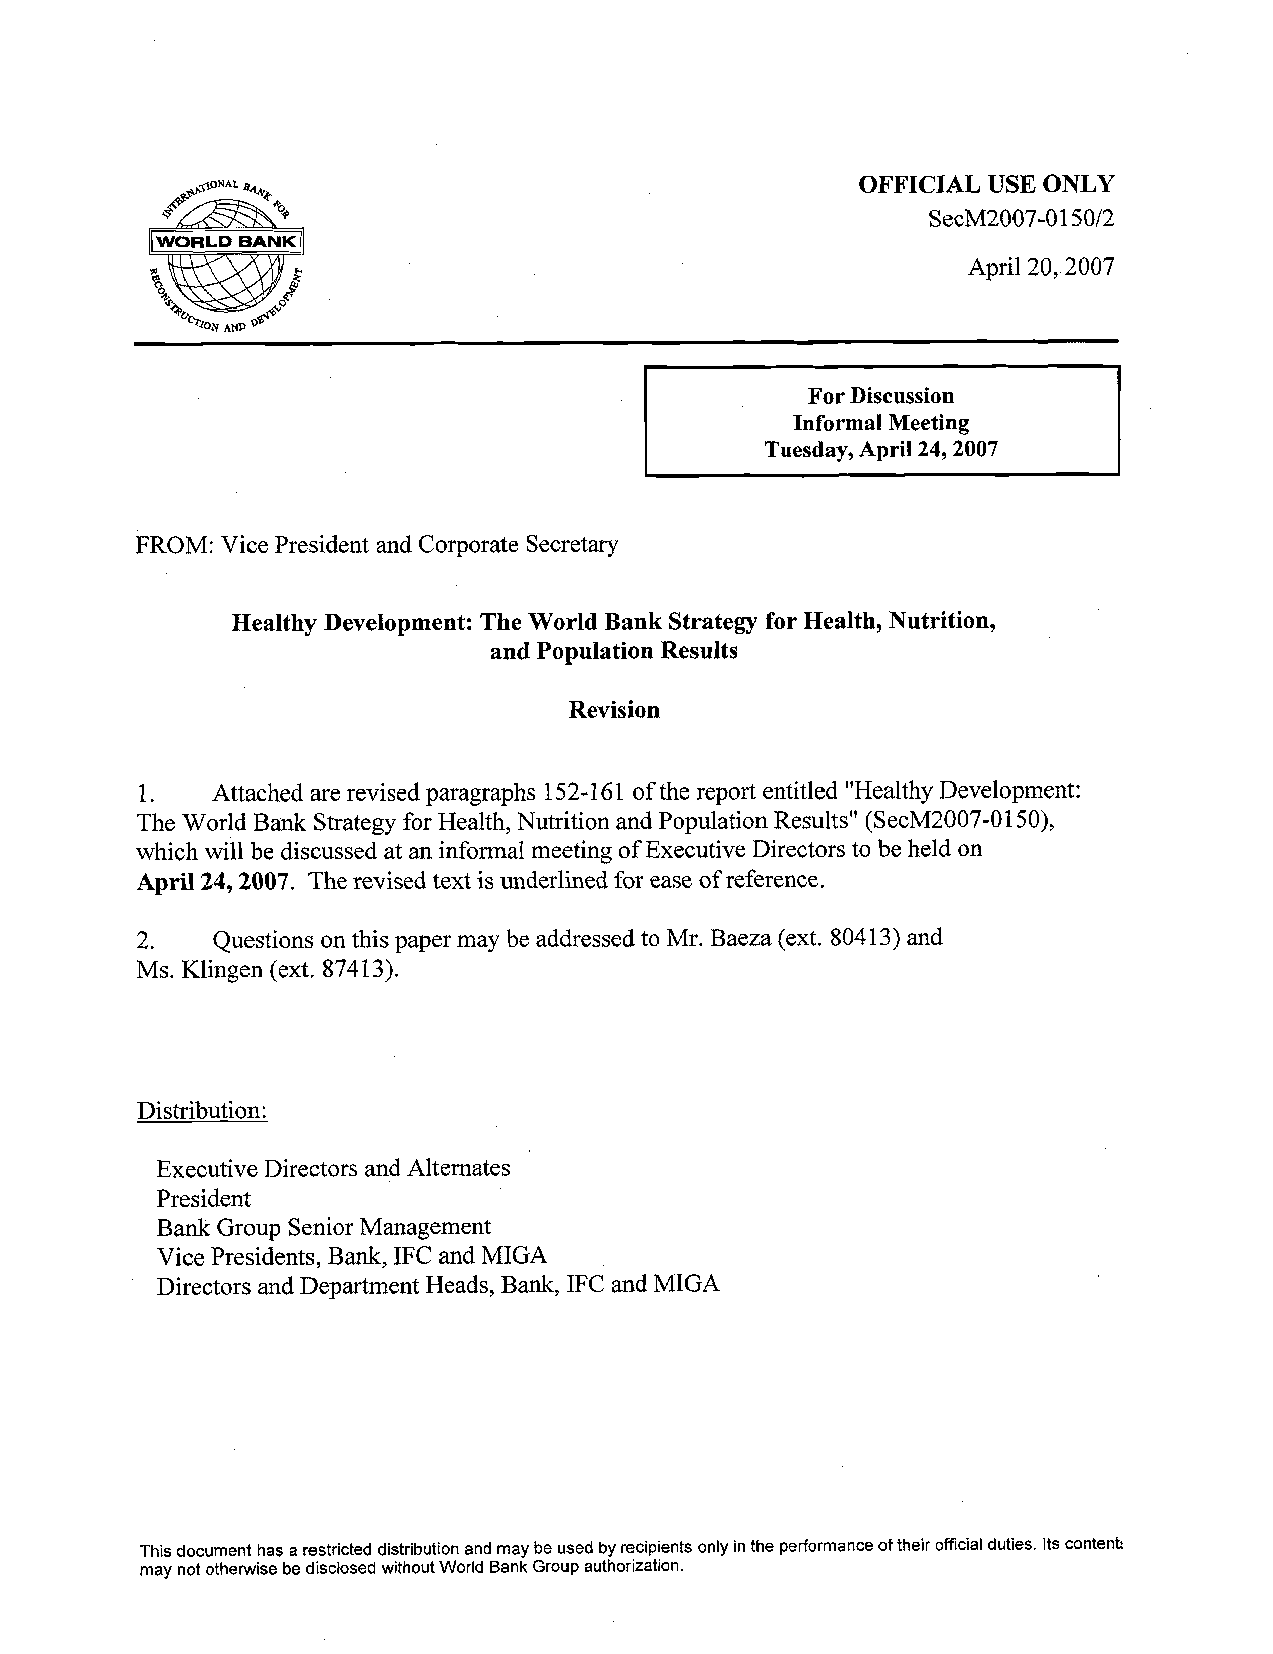
OFFICIAL USE ONLY
 SecM2007-0150/2
 April 20,2007
 FROM: Vice President and Corporate Secretary
 Healthy Development: The World Bank Strategy for Health, Nutrition,
 and Population Results
 Revision
 1.   Attached are revised paragraphs 152-16 1 of the report entitled "Healthy Development:
 The World Bank Strategy for Health, Nutrition and Population Results" (SecM2007-0150),
 which will be discussed at an informal meeting of Executive Directors to be held on
 April 24,2007. The revised text is underlined for ease of reference.
 2.   Questions on this paper may be addressed to Mr. Baeza (ext. 80413 ) and
 Ms. Klingen (ext. 874 13).
 Distribution:
 Executive Directors and Alternates
 President
 Bank Group Senior Management
 Vice Presidents, Bank, IFC and MIGA
 Directors and Department Heads, Bank, IFC and MIGA
 This document has a restricted distribution and may be used by recipients only in the performance of their official duties. Its contenk
 may not otherwise be disclosed without World Bank Group authorization.